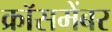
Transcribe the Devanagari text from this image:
क्रॉसमेंबर